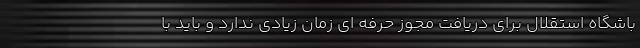
باشگاه استقلال برای دریافت مجوز حرفه ای زمان زیادی ندارد و باید با